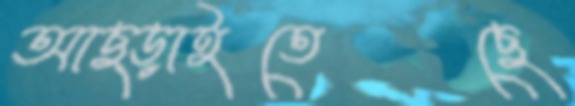
আছ্‌ড়াইতেছে